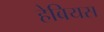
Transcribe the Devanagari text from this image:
हेबियस